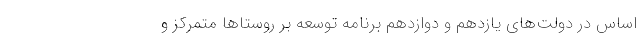
اساس در دولت‌های یازدهم و دوازدهم برنامه توسعه بر روستاها متمرکز و